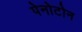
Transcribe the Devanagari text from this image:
पेनोटोन